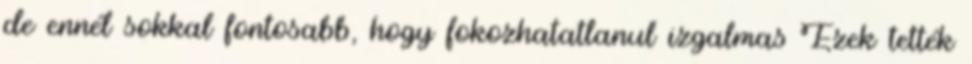
de ennél sokkal fontosabb, hogy fokozhatatlanul izgalmas Ezek tették